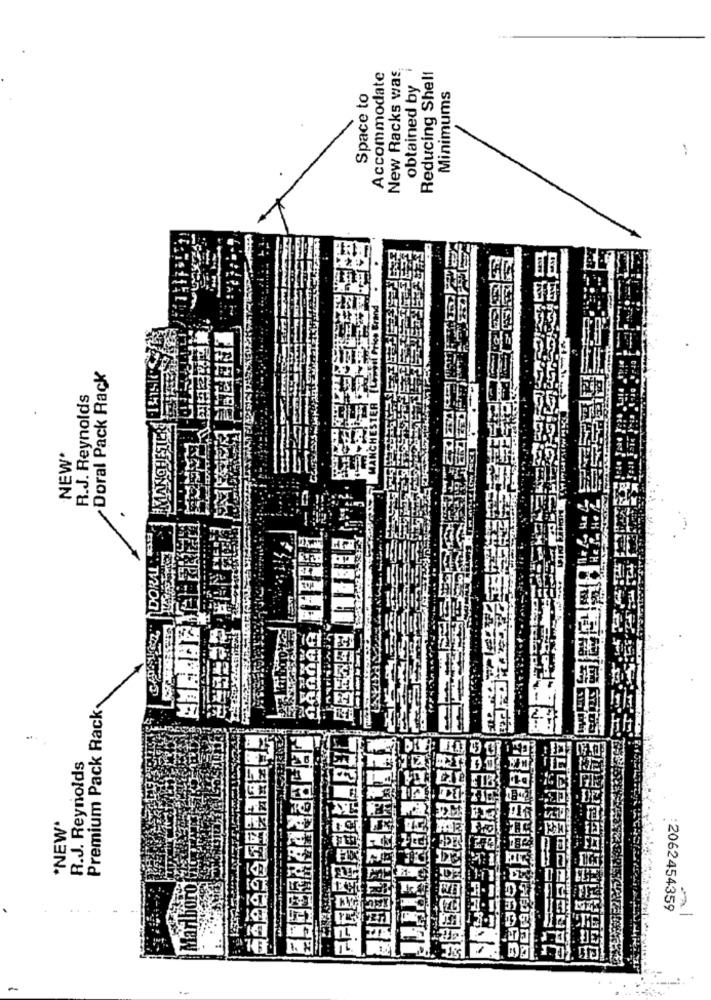
New Racks was
obtained by i
Accommodate
Reducing Shelf
Space to
Minimums
Doral Pack Rack
R.J. Reynolds
NEW
DORAL :
Premium Pack Rack
CANT
..
R.J. Reynolds
*NEW*
2062454359
M
-